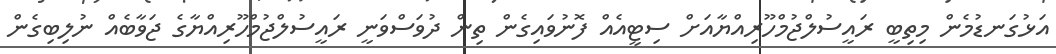
އަޅުގަނޑުމެން މިތިބީ ރައީސުލްޖުމްހޫރިއްޔާއަށް ސިޓީއެއް ފޮނުވައިގެން ތިން ދުވަސްވަނީ ރައީސުލްޖުމްހޫރިއްޔާގެ ޖަވާބެއް ނުލިބިގެން